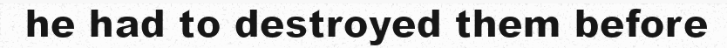
he had to destroyed them before